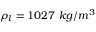
\rho _ { l } = 1 0 2 7 ~ k g / m ^ { 3 }